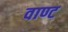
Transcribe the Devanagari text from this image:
वाण्ट